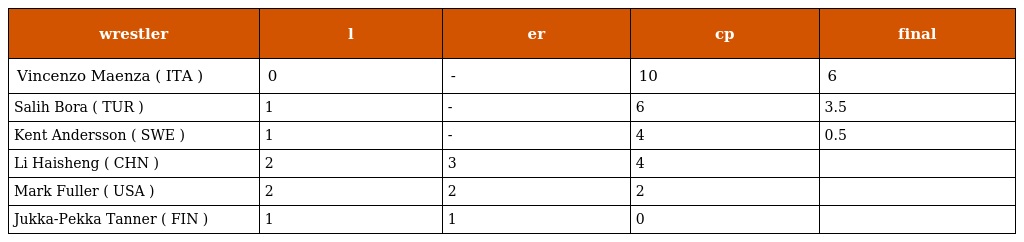
| wrestler | l | er | cp | final |
 | --- | --- | --- | --- | --- |
 | Vincenzo Maenza ( ITA ) | 0 | - | 10 | 6 |
 | Salih Bora ( TUR ) | 1 | - | 6 | 3.5 |
 | Kent Andersson ( SWE ) | 1 | - | 4 | 0.5 |
 | Li Haisheng ( CHN ) | 2 | 3 | 4 |  |
 | Mark Fuller ( USA ) | 2 | 2 | 2 |  |
 | Jukka-Pekka Tanner ( FIN ) | 1 | 1 | 0 |  |